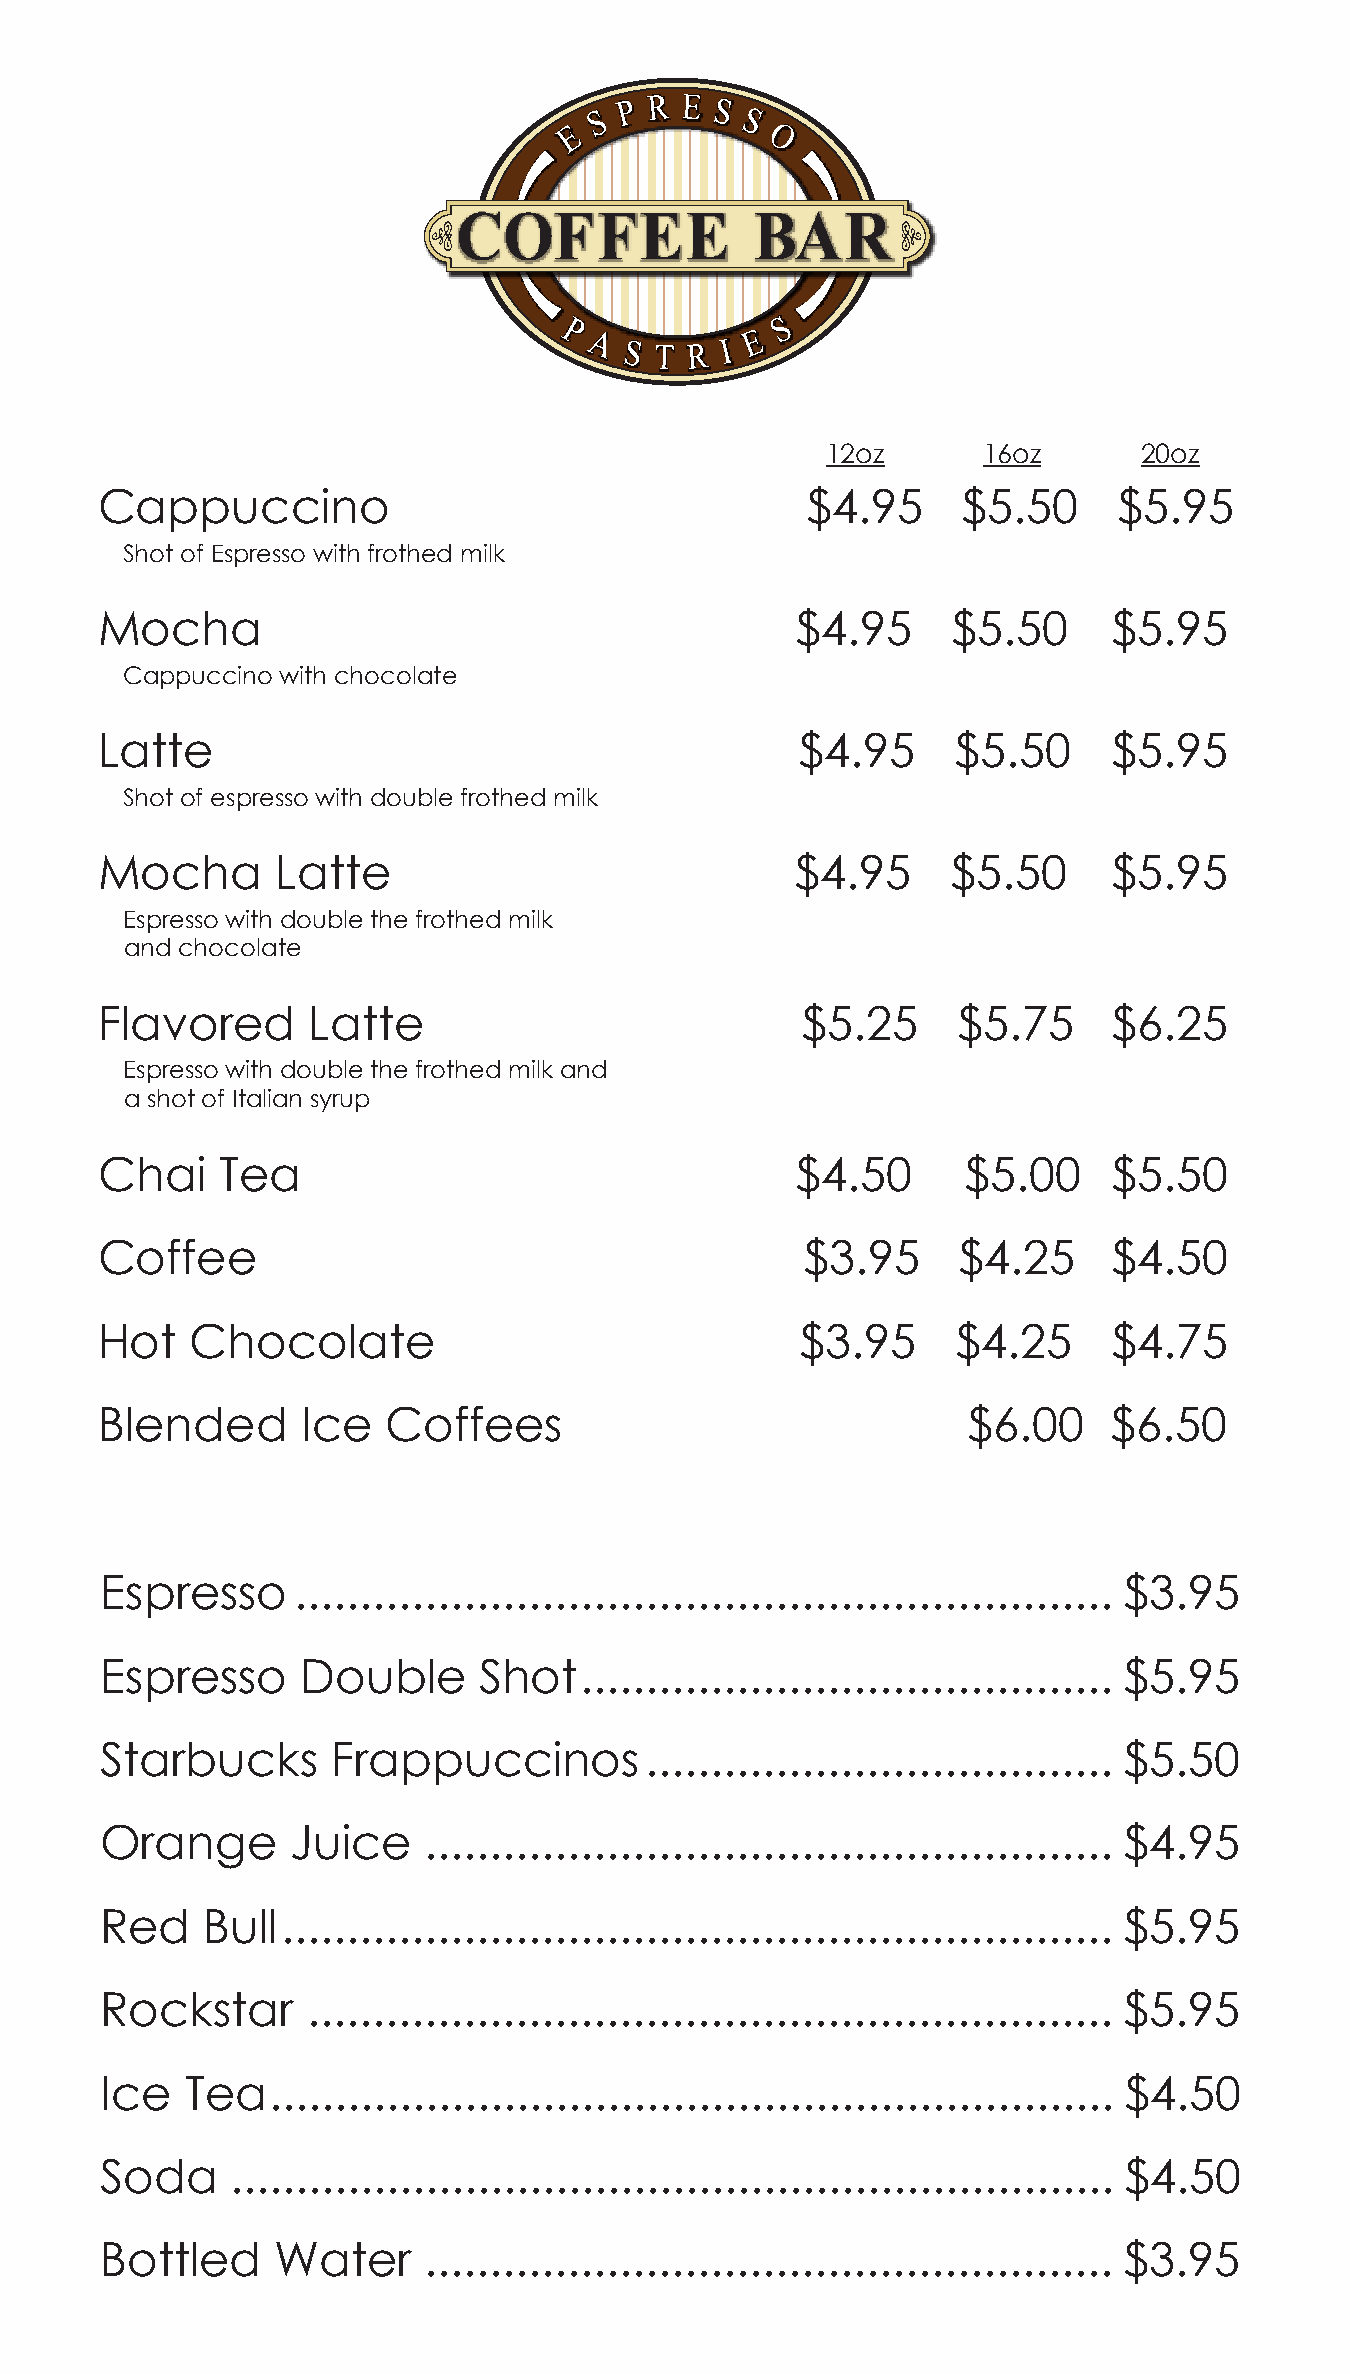
12oz      16oz       20oz
 Cappuccino                                     $4.95      $5.50     $5.95
 Shot of Espresso with frothed milk
 Mocha                                          $4.95     $5.50      $5.95
 Cappuccino with chocolate
 Latte                                          $4.95     $5.50      $5.95
 Shot of espresso with double frothed milk
 Mocha       Latte                              $4.95     $5.50      $5.95
 Espresso with double the frothed milk
 and chocolate
 Flavored      Latte                            $5.25     $5.75      $6.25
 Espresso with double the frothed milk and
 a shot of Italian syrup
 Chai    Tea                                    $4.50      $5.00     $5.50
 Coffee                                         $3.95     $4.25      $4.50
 Hot    Chocolate                               $3.95     $4.25      $4.75
 Blended       Ice   Coffees                               $6.00     $6.50
 Espresso     ............................................................... $3.95
 Espresso     Double      Shot......................................... $5.95
 Starbucks      Frappuccinos....................................    $5.50
 Orange      Juice    ..................................................... $4.95
 Red    Bull................................................................ $5.95
 Rockstar     .............................................................. $5.95
 Ice  Tea................................................................. $4.50
 Soda    .................................................................... $4.50
 Bottled    Water     ..................................................... $3.95